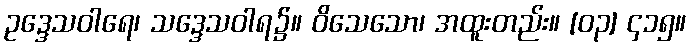
ဥဒ္ဒေသဝါရေ၊ သဒ္ဒေသဝါရ၌။ ဝိသေသော၊ အထူးတည်း။ [၀၃] ၄၁၅။